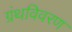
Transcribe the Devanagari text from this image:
ग्रंथविवरण